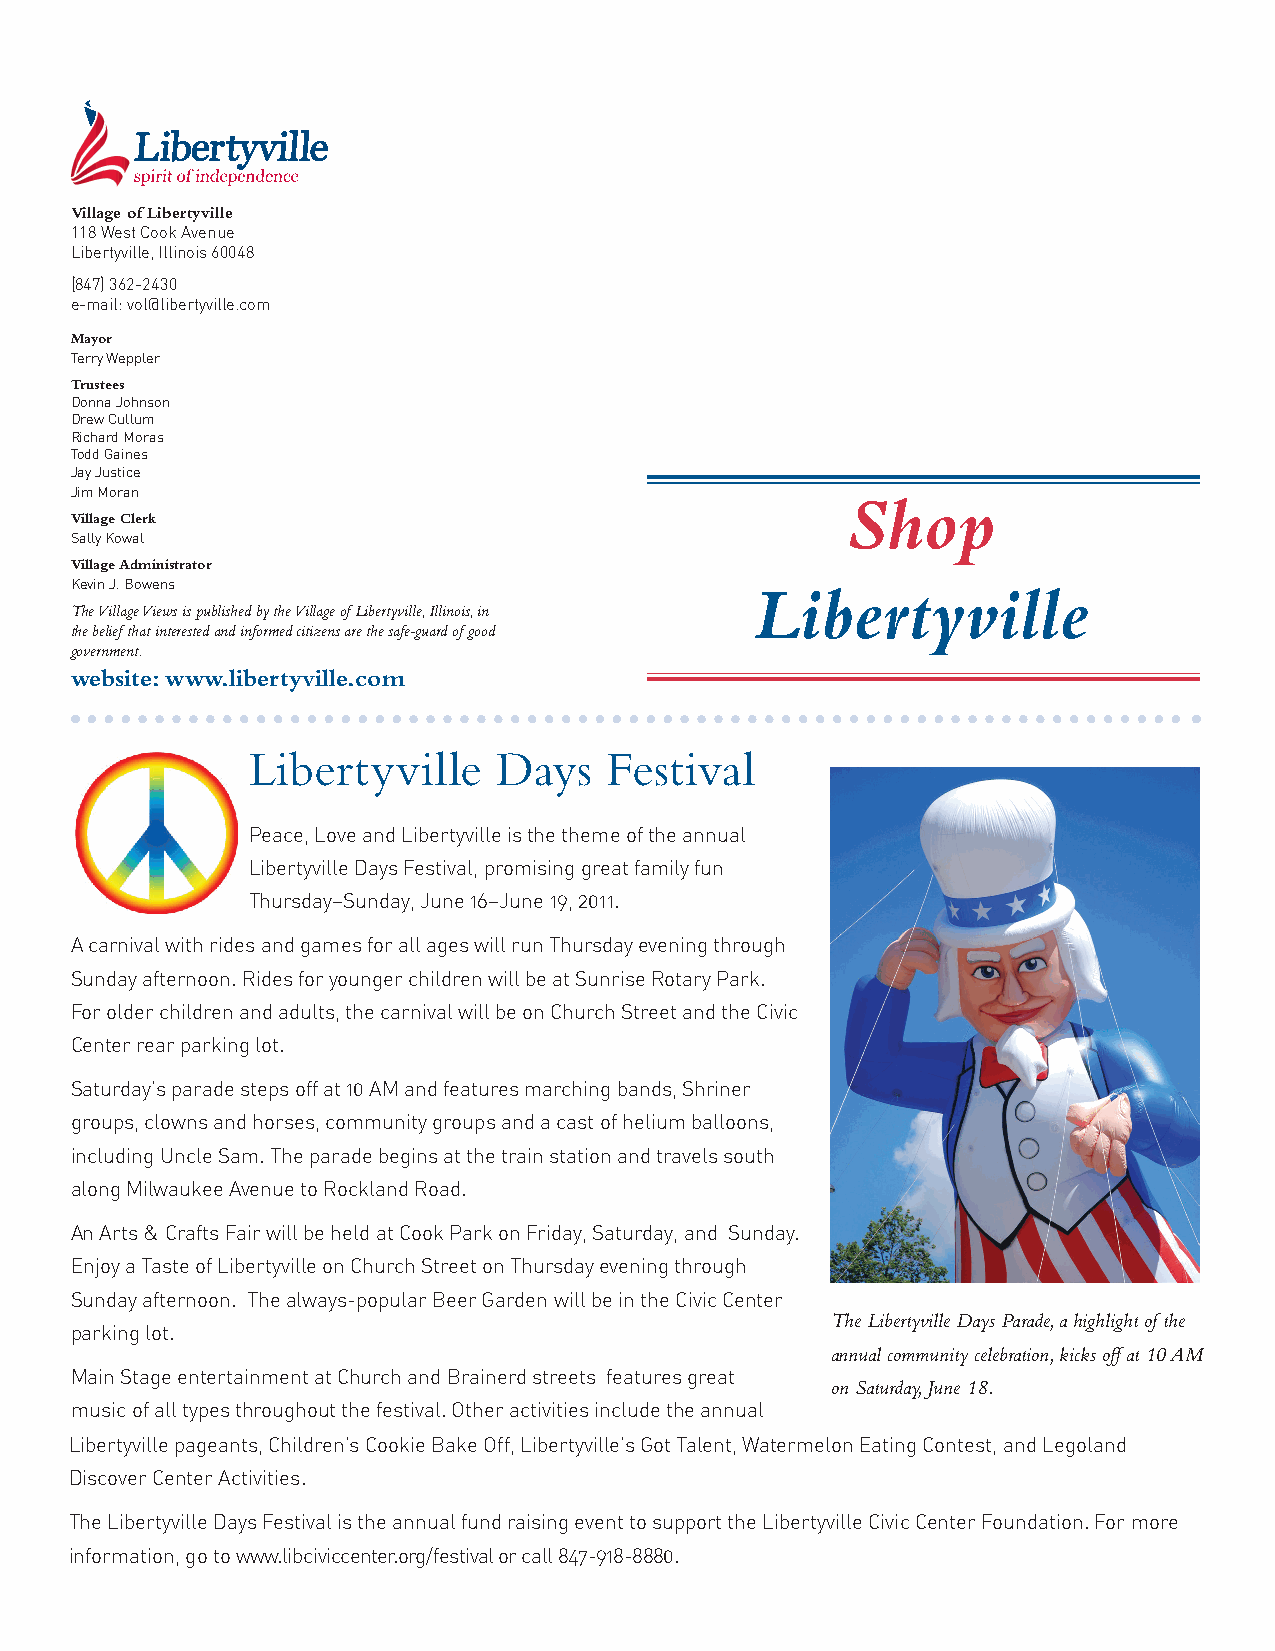
Village of Libertyville
 118 West Cook Avenue
 Libertyville, Illinois 60048
 (847) 362-2430
 e-mail: vol@libertyville.com
 Mayor
 Terry Weppler
 Trustees
 Donna Johnson
 Drew Cullum
 Richard Moras
 Todd Gaines
 Jay Justice
 Jim Moran                                          Shop
 Village Clerk
 Sally Kowal
 Village Administrator
 Kevin J. Bowens                              Libertyville
 The Village Views is published by the Village of Libertyville, Illinois, in
 the belief that interested and informed citizens are the safe-guard of good
 government.
 website: www.libertyville.com
 Libertyville     Days   Festival
 Peace, Love and Libertyville is the theme of the annual
 Libertyville Days Festival, promising great family fun
 Thursday–Sunday, June 16–June 19, 2011.
 A carnival with rides and games for all ages will run Thursday evening through
 Sunday afternoon. Rides for younger children will be at Sunrise Rotary Park.
 For older children and adults, the carnival will be on Church Street and the Civic
 Center rear parking lot.
 Saturday’s parade steps off at 10 AM and features marching bands, Shriner
 groups, clowns and horses, community groups and a cast of helium balloons,
 including Uncle Sam. The parade begins at the train station and travels south
 along Milwaukee Avenue to Rockland Road.
 An Arts & Crafts Fair will be held at Cook Park on Friday, Saturday, and Sunday.
 Enjoy a Taste of Libertyville on Church Street on Thursday evening through
 Sunday afternoon. The always-popular Beer Garden will be in the Civic Center
 The Libertyville Days Parade, a highlight of the
 parking lot.
 annual community celebration, kicks off at 10 AM
 Main Stage entertainment at Church and Brainerd streets features great
 on Saturday, June 18.
 music of all types throughout the festival. Other activities include the annual
 Libertyville pageants, Children’s Cookie Bake Off, Libertyville’s Got Talent, Watermelon Eating Contest, and Legoland
 Discover Center Activities.
 The Libertyville Days Festival is the annual fund raising event to support the Libertyville Civic Center Foundation. For more
 information, go to www.libciviccenter.org/festival or call 847-918-8880.